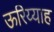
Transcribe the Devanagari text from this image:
ऊरिय्याह